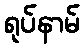
ရုပ်နာမ်